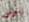
يعرض